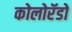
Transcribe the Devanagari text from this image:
कोलोरॅडो